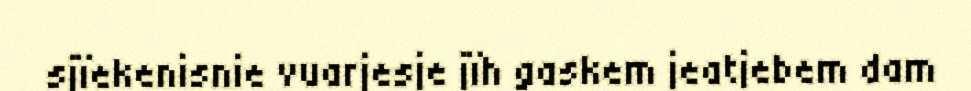
sjïekenisnie vuarjesje jïh gaskem jeatjebem dam